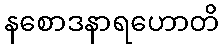
နစောဒနာရဟောတိ